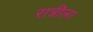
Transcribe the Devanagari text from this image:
रात्रीला